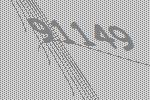
91149